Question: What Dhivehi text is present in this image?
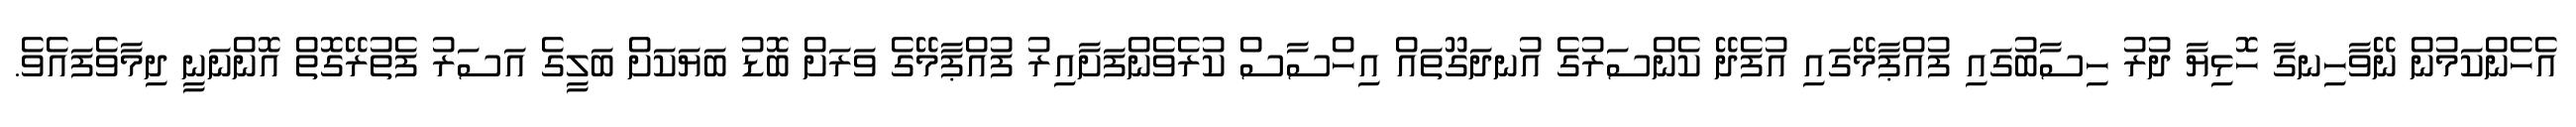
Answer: އެހެންކަމުން ނޭވާހިނގާ ހޮޅިޔާ ދުރު ހިސާބުގައި ފުއްޕާމޭގައި އުފެދޭ ކެންސަރުގެ އުނދަގޫތައް އިހްސާސް ކުރެވެންފަށާއިރު ފުއްޕާމޭގެ ވަރަށް ބޮޑު ބަޔަކަށް ބަލީގެ އަސަރު ފެތުރޭގޮތް އޮންނަނީ ދިމާވެފައެވެ.